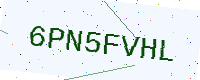
Text: 6PN5FVHL